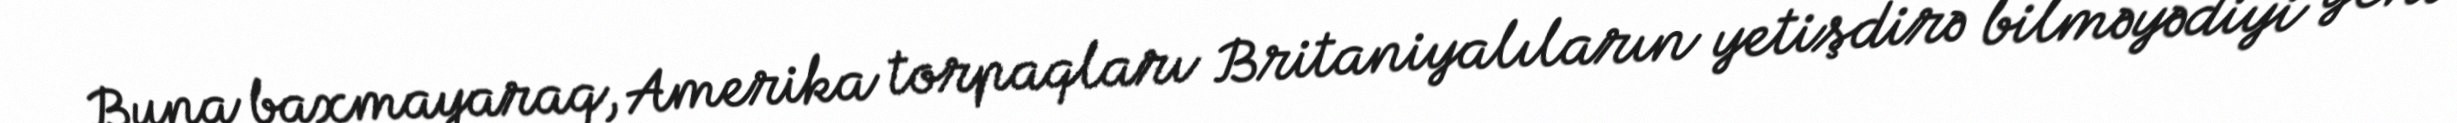
Buna baxmayaraq, Amerika torpaqları Britaniyalıların yetişdirə bilməyədiyi yeni